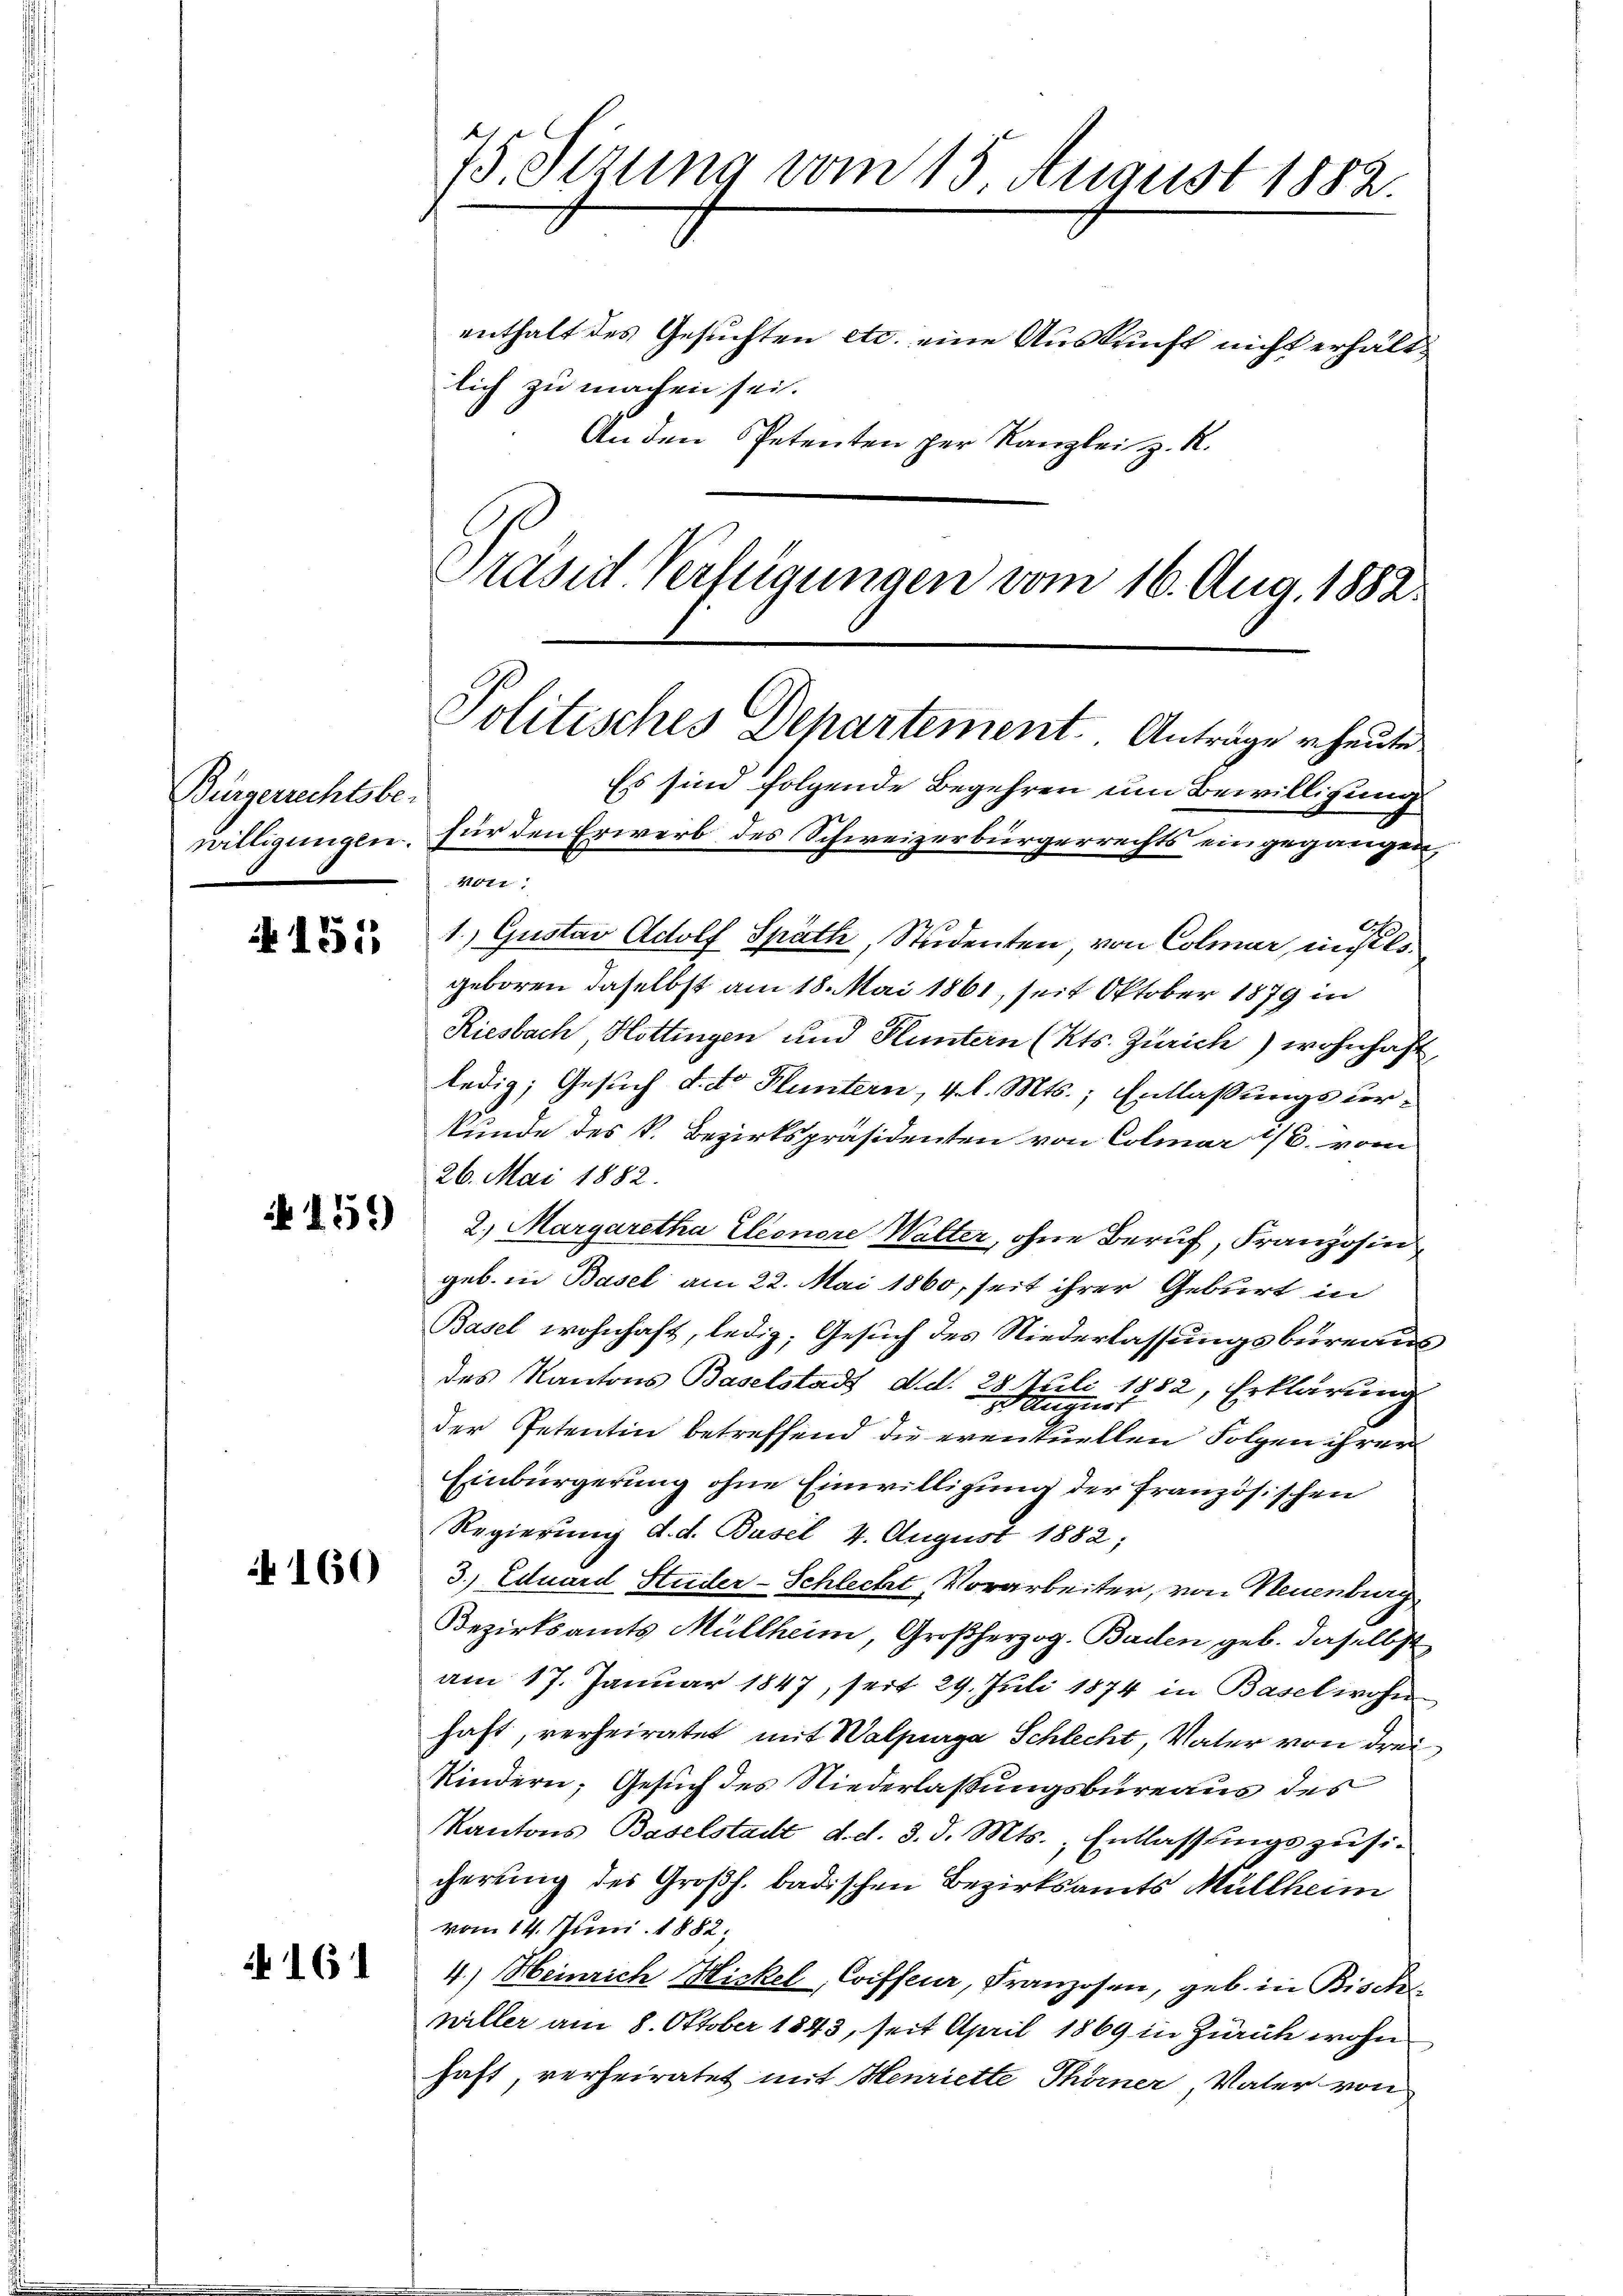
Bürgerrechtsber

155

A 161

An den Petenten der Kanzlei z. R.
Präsid. Verfügungen vom 16. Aug. 1882.

75. Sizung vom 15. August 1882.
enthalt des Gesuchten etc. eine Auskunft nicht erhältlich zu machen sei.

Politisches Departement. Anträge heute
Es sind folgende Begehren um Bewilligung
willigungen, für den Erwerb des Schweizerbürgerrechts eingegangen,
Moti

1.) Gustav Adolf Späth, Studenten, von Colmar, mises
geboren daselbst am 18. Mai 1861, seit Oktober 1879 in
Riesbach, Hottingen und Fluntern (Kts. Zürich) wohnhaft,
ledig; Gesuch d. dr Fluntern, v. l. Mts., Entlaßungsurkunde des k. Bezirkspräsidenten von Colmar 1/6. vom
26. Mai 1882.
 2. Margaretha Eleonore Walter, ohne Beruf, Franzosin
geb. in Basel am 22. Mai 1860, seit ihrer Geburt in
Basel wohnhaft, ledig: Gesuch des Niederlassungsbüreaus
des Kantons Baselstadt, d. d. 28. Juli 1882, Erklärung
der Petentin betreffend die eventuellen Folgen ihrer
Einbürgerung ohne Einwilligung der französischen
Regierung d. d. Basel, 4. August 1882;
3. Eduard Studer-Schlecht, Vorarbeiter, von Neuenburg
Bezirksamts Müllheim, Großherzog. Baden geb. daselbst
am 17. Januar 1847, seit 29. Juli 1874 in Basel wohn
haft, verheiratet mit Walpurga Schlecht, Vater von drei
Kindern, Gesuch des Niederlaßungsbureaus des
Kantons Baselstadt, d. d. 3. d. Mts., Entlassungszusicherung des Großh. badischen Bezirksamts Müllheim
vom 14. Juni 1882;
4.) Heinrich Hickel, Coiffeuer, Franzosen, geb. in Bisch
willer am 8. Oktober 1843, seit April 1869 in Zürich wohn
haft, verheiratet mit Henriette Thörner Vater von